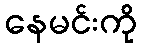
နေမင်းကို